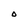
Character: 0